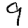
Digit: 9